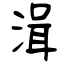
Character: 湒